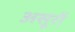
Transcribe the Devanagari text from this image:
असूरों